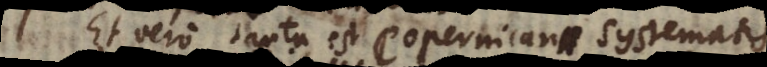
Et vero tanta est Copernicani Systematis